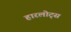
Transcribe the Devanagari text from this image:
हारलोट्स